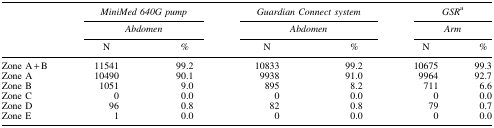
<table><thead><tr><td><b> </b></td><td colspan="2"><b><i>MiniMed 640G pump</i></b></td><td colspan="2"><b><i>Guardian Connect system</i></b></td><td colspan="2"><b><i>GSR</i><sup>a</sup></b></td></tr><tr><td><b> </b></td><td colspan="2"><b><i>Abdomen</i></b></td><td colspan="2"><b><i>Abdomen</i></b></td><td colspan="2"><b><i>Arm</i></b></td></tr><tr><td><b> </b></td><td><b>N</b></td><td><b><i>%</i></b></td><td><b>N</b></td><td><b><i>%</i></b></td><td><b>N</b></td><td><b><i>%</i></b></td></tr></thead><tbody><tr><td>Zone A + B</td><td>11541</td><td>99.2</td><td>10833</td><td>99.2</td><td>10675</td><td>99.3</td></tr><tr><td>Zone A</td><td>10490</td><td>90.1</td><td>9938</td><td>91.0</td><td>9964</td><td>92.7</td></tr><tr><td>Zone B</td><td>1051</td><td>9.0</td><td>895</td><td>8.2</td><td>711</td><td>6.6</td></tr><tr><td>Zone C</td><td>0</td><td>0.0</td><td>0</td><td>0.0</td><td>0</td><td>0.0</td></tr><tr><td>Zone D</td><td>96</td><td>0.8</td><td>82</td><td>0.8</td><td>79</td><td>0.7</td></tr><tr><td>Zone E</td><td>1</td><td>0.0</td><td>0</td><td>0.0</td><td>0</td><td>0.0</td></tr></tbody></table>